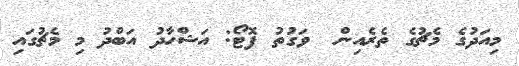
މިއަދުގެ މެޗުގެ ތެރެއިން  ވަގުތު ފޮޓޯ: އަޝްހާދު އަބްދު މި މެޗުގައި